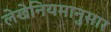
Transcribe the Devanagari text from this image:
लेखेनियमानुसार